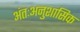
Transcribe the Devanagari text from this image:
अंतःअनुशासिक